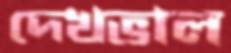
দেখভাল